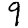
Digit: 9